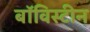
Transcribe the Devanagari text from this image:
बॉविस्टीन